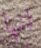
انها